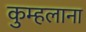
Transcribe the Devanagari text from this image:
कुम्हलाना